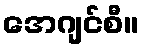
အေဂျင်စီ။